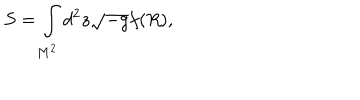
LaTeX: S = \int _ { M ^ { 2 } } ^ { } d ^ { 2 } z \sqrt { - g } f ( R ) ,